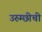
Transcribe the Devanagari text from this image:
उरुम्छीची